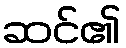
ဆင်၏